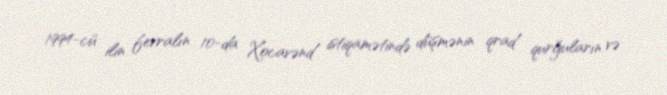
1994-cü ilin fevralın 10-da Xocavənd istiqamətində düşmənin qrad qurğuların və